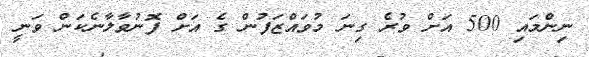
ނިންމައި 500 އަށް ވުރެ ގިނަ މުވައްޒަފުން ގެ އަށް ފޮނުވާލާނެކަން ވަނީ